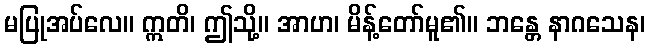
မပြုအပ်လေ။ ဣတိ၊ ဤသို့။ အာဟ၊ မိန့်တော်မူ၏။ ဘန္တေ နာဂသေန၊